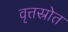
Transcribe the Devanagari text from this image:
वृत्तस्रोत